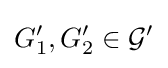
G_{1}^{\prime },G_{2}^{\prime }\in {\mathcal {G}}^{\prime }